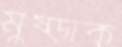
মুষ্‌ড়াক